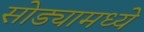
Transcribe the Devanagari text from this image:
सोड्यामध्ये